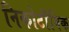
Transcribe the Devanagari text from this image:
निकोटाँनिक